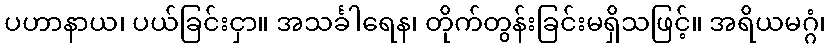
ပဟာနာယ၊ ပယ်ခြင်းငှာ။ အသင်္ခါရေန၊ တိုက်တွန်းခြင်းမရှိသဖြင့်။ အရိယမဂ္ဂံ၊